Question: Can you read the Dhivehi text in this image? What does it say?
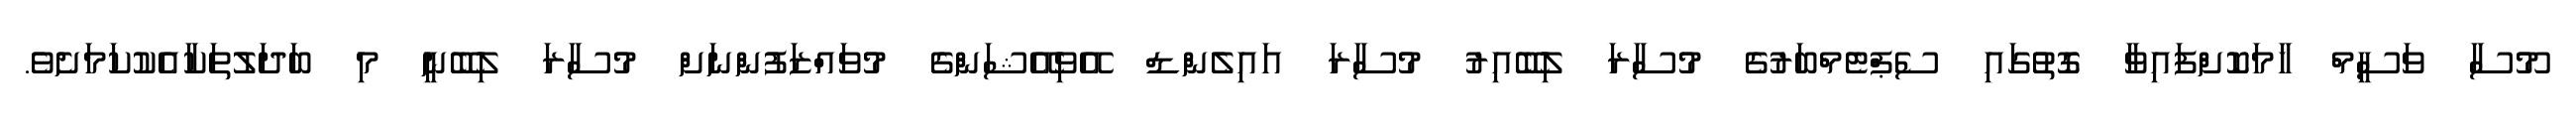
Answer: މޫސާ ވަސީމް ހާމަކޮށްފައިވާ ގޮތުގައި ސެޕްޓެމްބަރުގެ މުސާރަ ލިބޭއިރު މުސާރަ އައިލެންޑް އޭވިއޭޝަންގެ މުވައްޒަފުންނަށް މުސާރަ ލިބޭނީ މި ބަދަލުތަކާއެކުކަމަށެވެ.